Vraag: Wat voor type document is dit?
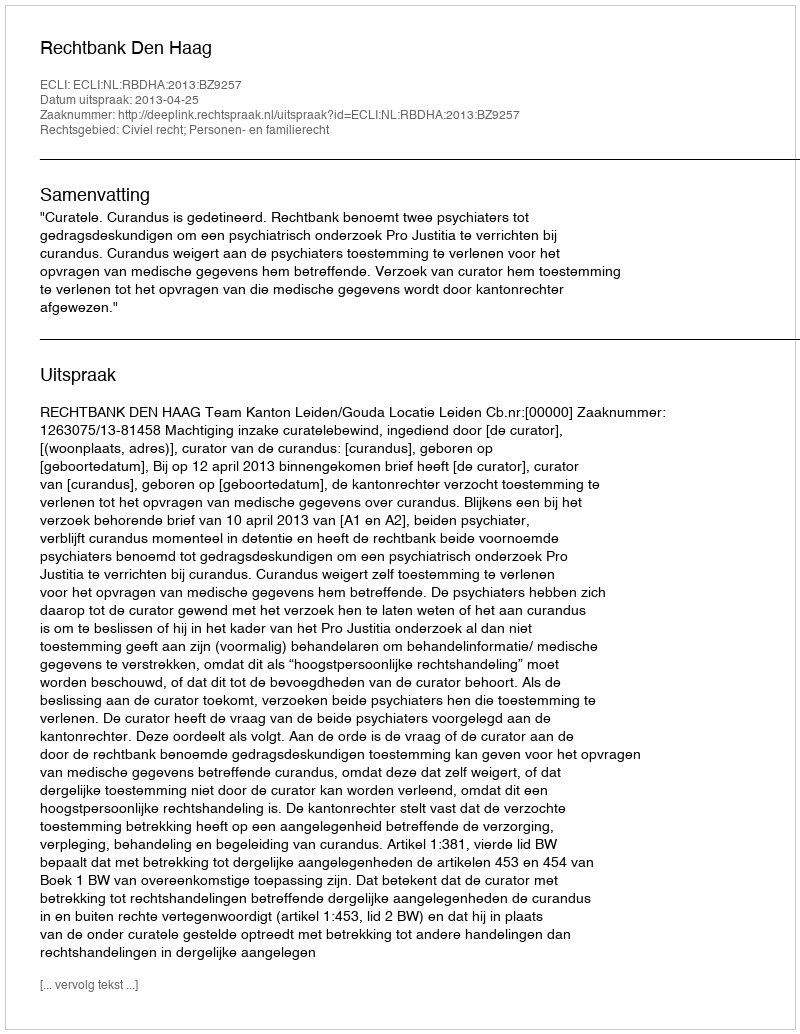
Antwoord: Uitspraak